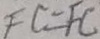
F C = F C